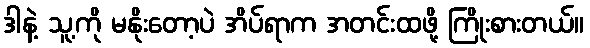
ဒါနဲ့ သူ့ကို မနိုးတော့ပဲ အိပ်ရာက အတင်းထဖို့ ကြိုးစားတယ်။